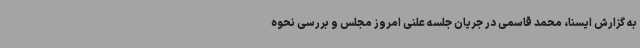
به گزارش ایسنا، محمد قاسمی در جریان جلسه علنی امروز مجلس و بررسی نحوه